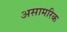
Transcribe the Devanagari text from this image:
असामरिक